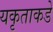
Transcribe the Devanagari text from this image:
यकृताकडे